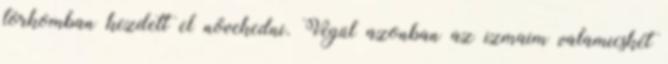
torkomban kezdett el növekedni. Végül azonban az izmaim valamicskét